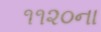
૧૧૨૦ના